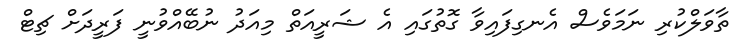
ތާވަލްކުރި ނަމަވެސް އެނގިފައިވާ ގޮތުގައި އެ ޝަރީއަތް މިއަދު ނުބޭއްވުނީ ފަރީދަށް ޗިޓް